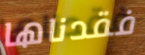
فقدناها